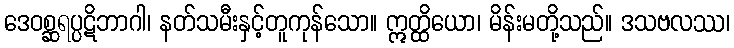
ဒေဝစ္ဆရပ္ပဋိဘာဂါ၊ နတ်သမီးနှင့်တူကုန်သော။ ဣတ္ထိယော၊ မိန်းမတို့သည်။ ဒသဗလဿ၊